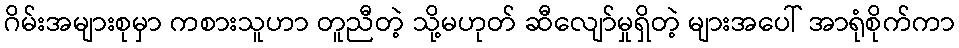
ဂိမ်းအများစုမှာ ကစားသူဟာ တူညီတဲ့ သို့မဟုတ် ဆီလျော်မှုရှိတဲ့ များအပေါ် အာရုံစိုက်ကာ